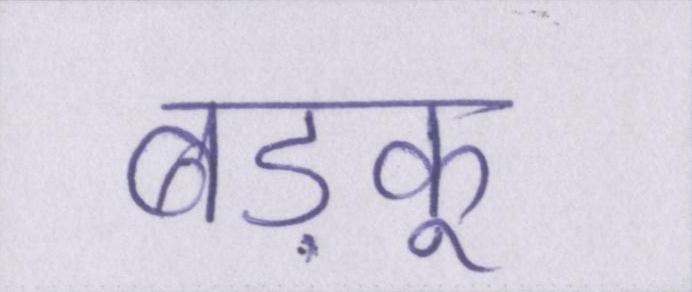
बड़कू